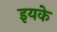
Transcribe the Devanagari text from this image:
इयके